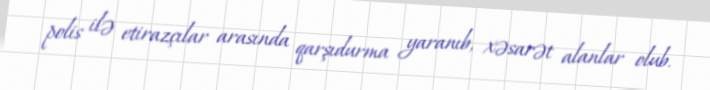
polis ilə etirazçılar arasında qarşıdurma yaranıb, xəsarət alanlar olub.